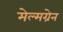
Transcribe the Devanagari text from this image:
मेल्मग्रेन